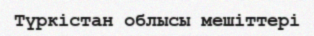
Түркістан облысы мешіттері